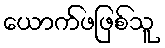
ယောက်ဖဖြစ်သူ